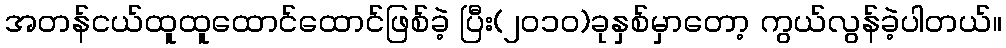
အတန်ငယ်ထူထူထောင်ထောင်ဖြစ်ခဲ့ ပြီး(၂၀၁၀)ခုနှစ်မှာတော့ ကွယ်လွန်ခဲ့ပါတယ်။